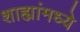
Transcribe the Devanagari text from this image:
शाह्यांमध्ये